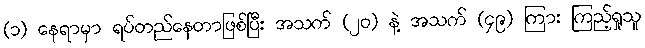
(၁) နေရာမှာ ရပ်တည်နေတာဖြစ်ပြီး အသက် (၂၀) နဲ့ အသက် (၄၉) ကြား ကြည့်ရှုသူ